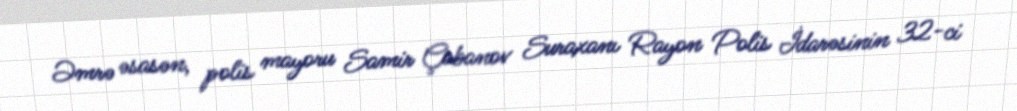
Əmrə əsasən, polis mayoru Samir Çobanov Suraxanı Rayon Polis İdarəsinin 32-ci